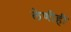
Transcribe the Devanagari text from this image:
लेणीही